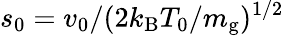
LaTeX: s_{0}=v_{0}/(2k_{\mathrm{B}}T_{0}/m_{\mathrm{g}})^{1/2}